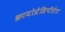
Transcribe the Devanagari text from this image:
क्रायोप्रेसिपीटेट